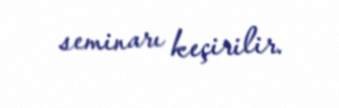
seminarı keçirilir.